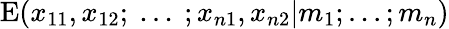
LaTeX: \mathrm{E}(x_{11},x_{12};~...~;x_{n1},x_{n2}|m_{1};...;m_{n})